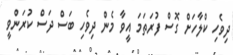
ދިވެހި ކްލާހަށް ގޮސް ފުރަތަމަ އީވާ މެން ދިވެހި ބަސް ދަސް ކުރަންވީ